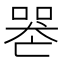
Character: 𠸶